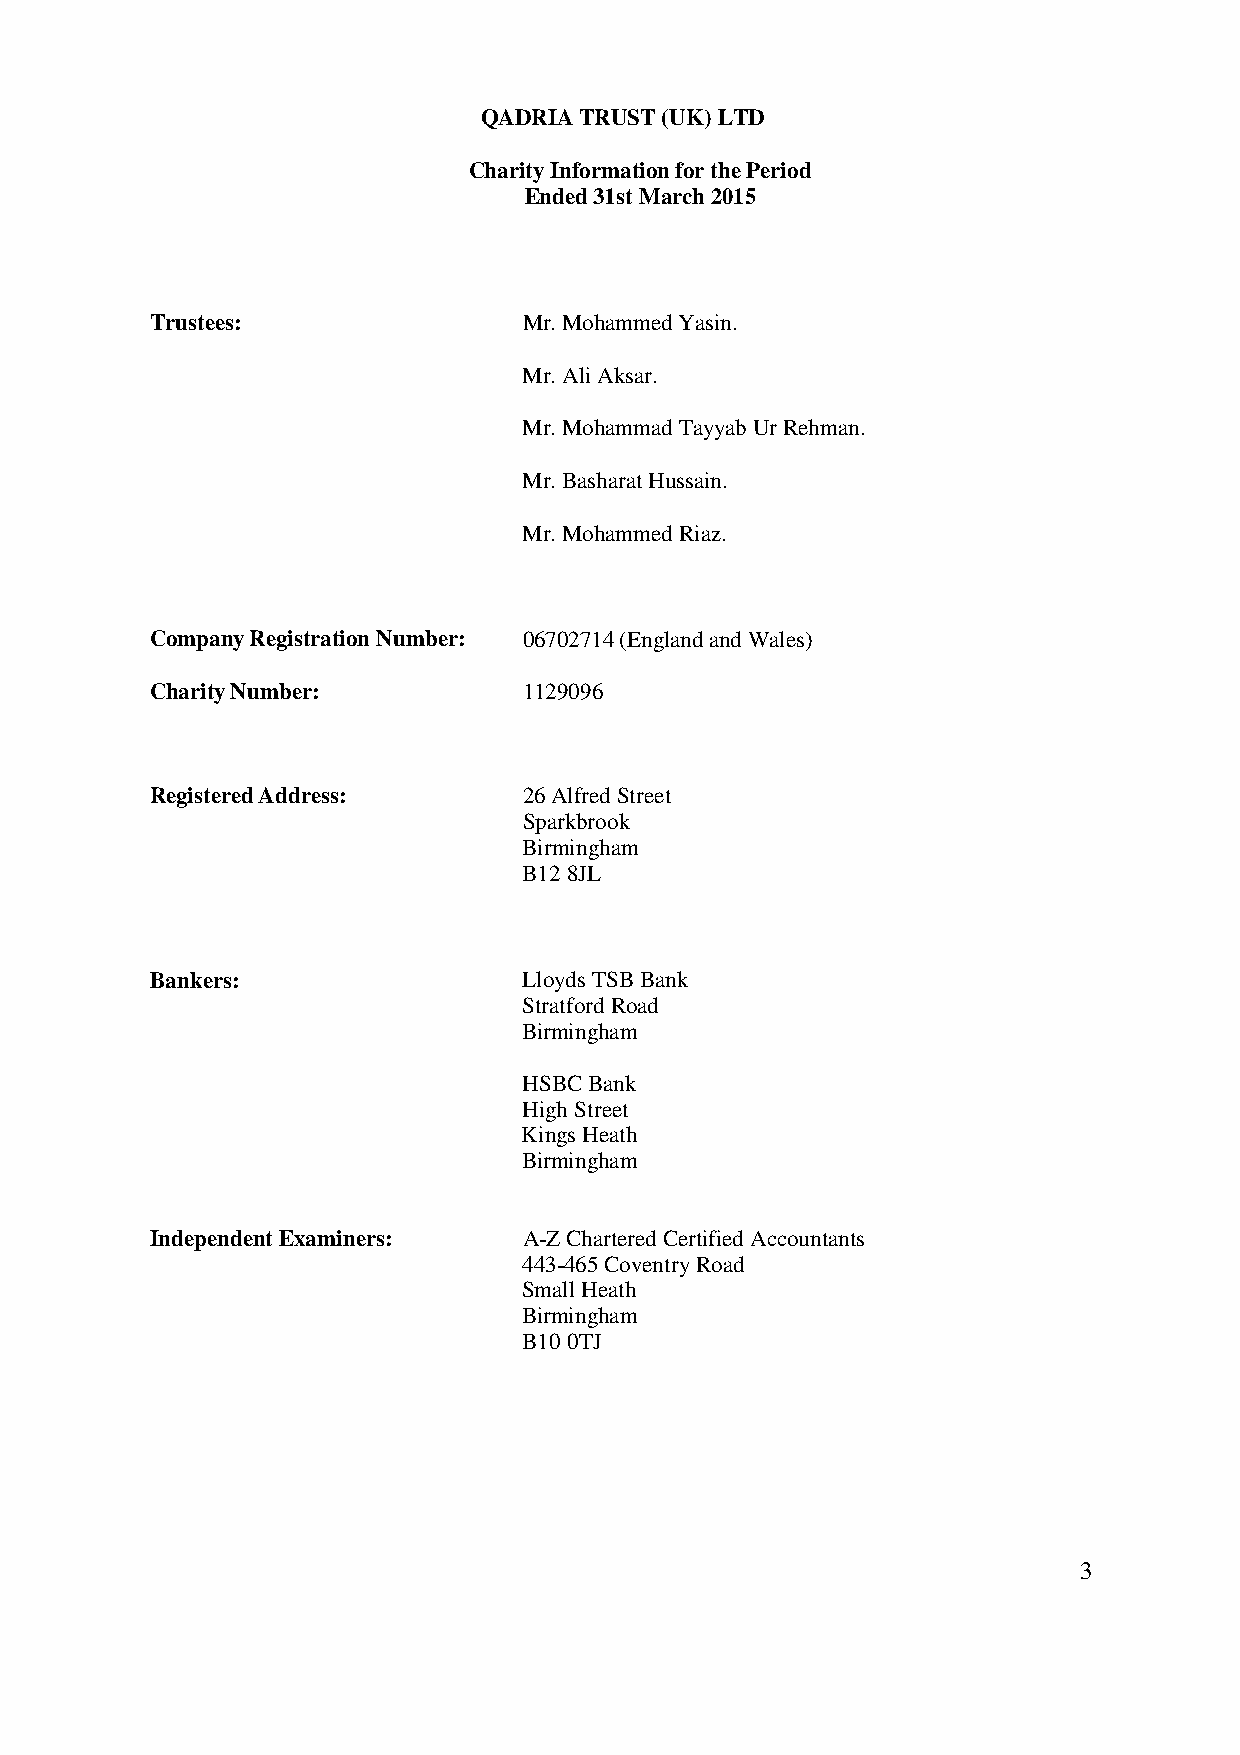
QADRIA TRUST (UK) LTD
 Charity Information for the Period
 Ended 31st March 2015
 Trustees:                Mr. Mohammed Yasin.
 Mr. Ali Aksar.
 Mr. Mohammad Tayyab Ur Rehman.
 Mr. Basharat Hussain.
 Mr. Mohammed Riaz.
 Company Registration Number: 06702714 (England and Wales)
 Charity Number:          1129096
 Registered Address:      26 Alfred Street
 Sparkbrook
 Birmingham
 B12 8JL
 Bankers:                 Lloyds TSB Bank
 Stratford Road
 Birmingham
 HSBC Bank
 High Street
 Kings Heath
 Birmingham
 Independent Examiners:   A-Z Chartered Certified Accountants
 443-465 Coventry Road
 Small Heath
 Birmingham
 B10 0TJ
 3